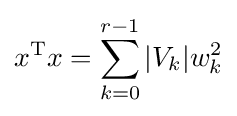
x^{\text{T}}x=\sum _{k=0}^{r-1}|V_{k}|w_{k}^{2}